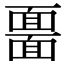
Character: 𩈲